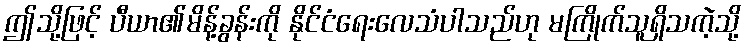
ဤသို့ဖြင့် ပီယာ၏မိန့်ခွန်းကို နိုင်ငံရေးလေသံပါသည်ဟု မကြိုက်သူရှိသကဲ့သို့